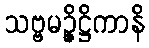
သဗ္ဗမဉ္ဇိဋ္ဌိကာနိ